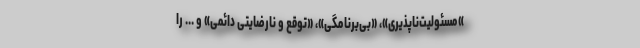
»مسئولیت‌ناپذیری»، «بی‌برنامگی»، «توقع و نارضایتی دائمی» و ... را